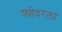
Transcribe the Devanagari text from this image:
फ्योदरला